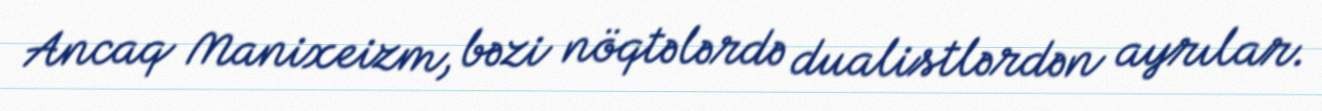
Ancaq Manixeizm, bəzi nöqtələrdə dualistlərdən ayrılar.